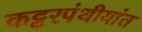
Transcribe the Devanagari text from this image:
कट्टरपंथीयांत